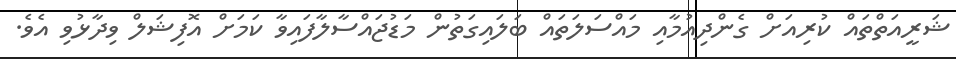
ޝަރީއަތްތައް ކުރިއަށް ގެންދިއުމާއި މައްސަލަތައް ބަލައިގަތުން މަޑުޖައްސާލާފައިވާ ކަމަށް އޮފިޝަލް ވިދާޅުވި އެވެ.